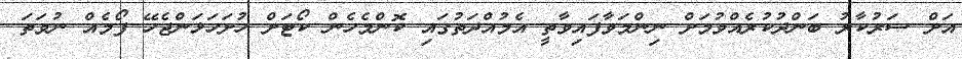
އަށް ސަރުކާރު ބަންދުކުރެއްވުމަށް ނިންމަވާފައިވާތީ އެމުއްދަތުގައި ކޮންމެހެން ކޯޓަށް ހުށަހަޅަންޖެހޭ ފޯމެއް ނުވަތަ